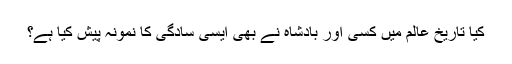
کیا تاریخ عالم میں کسی اور بادشاہ نے بھی ایسی سادگی کا نمونہ پیش کیا ہے؟